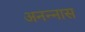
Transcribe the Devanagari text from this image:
अनन्‍नास